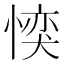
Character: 𪬜